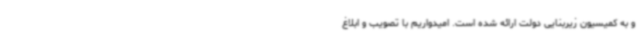
و به کمیسیون زیربنایی دولت ارائه شده است. امیدواریم با تصویب و ابلاغ